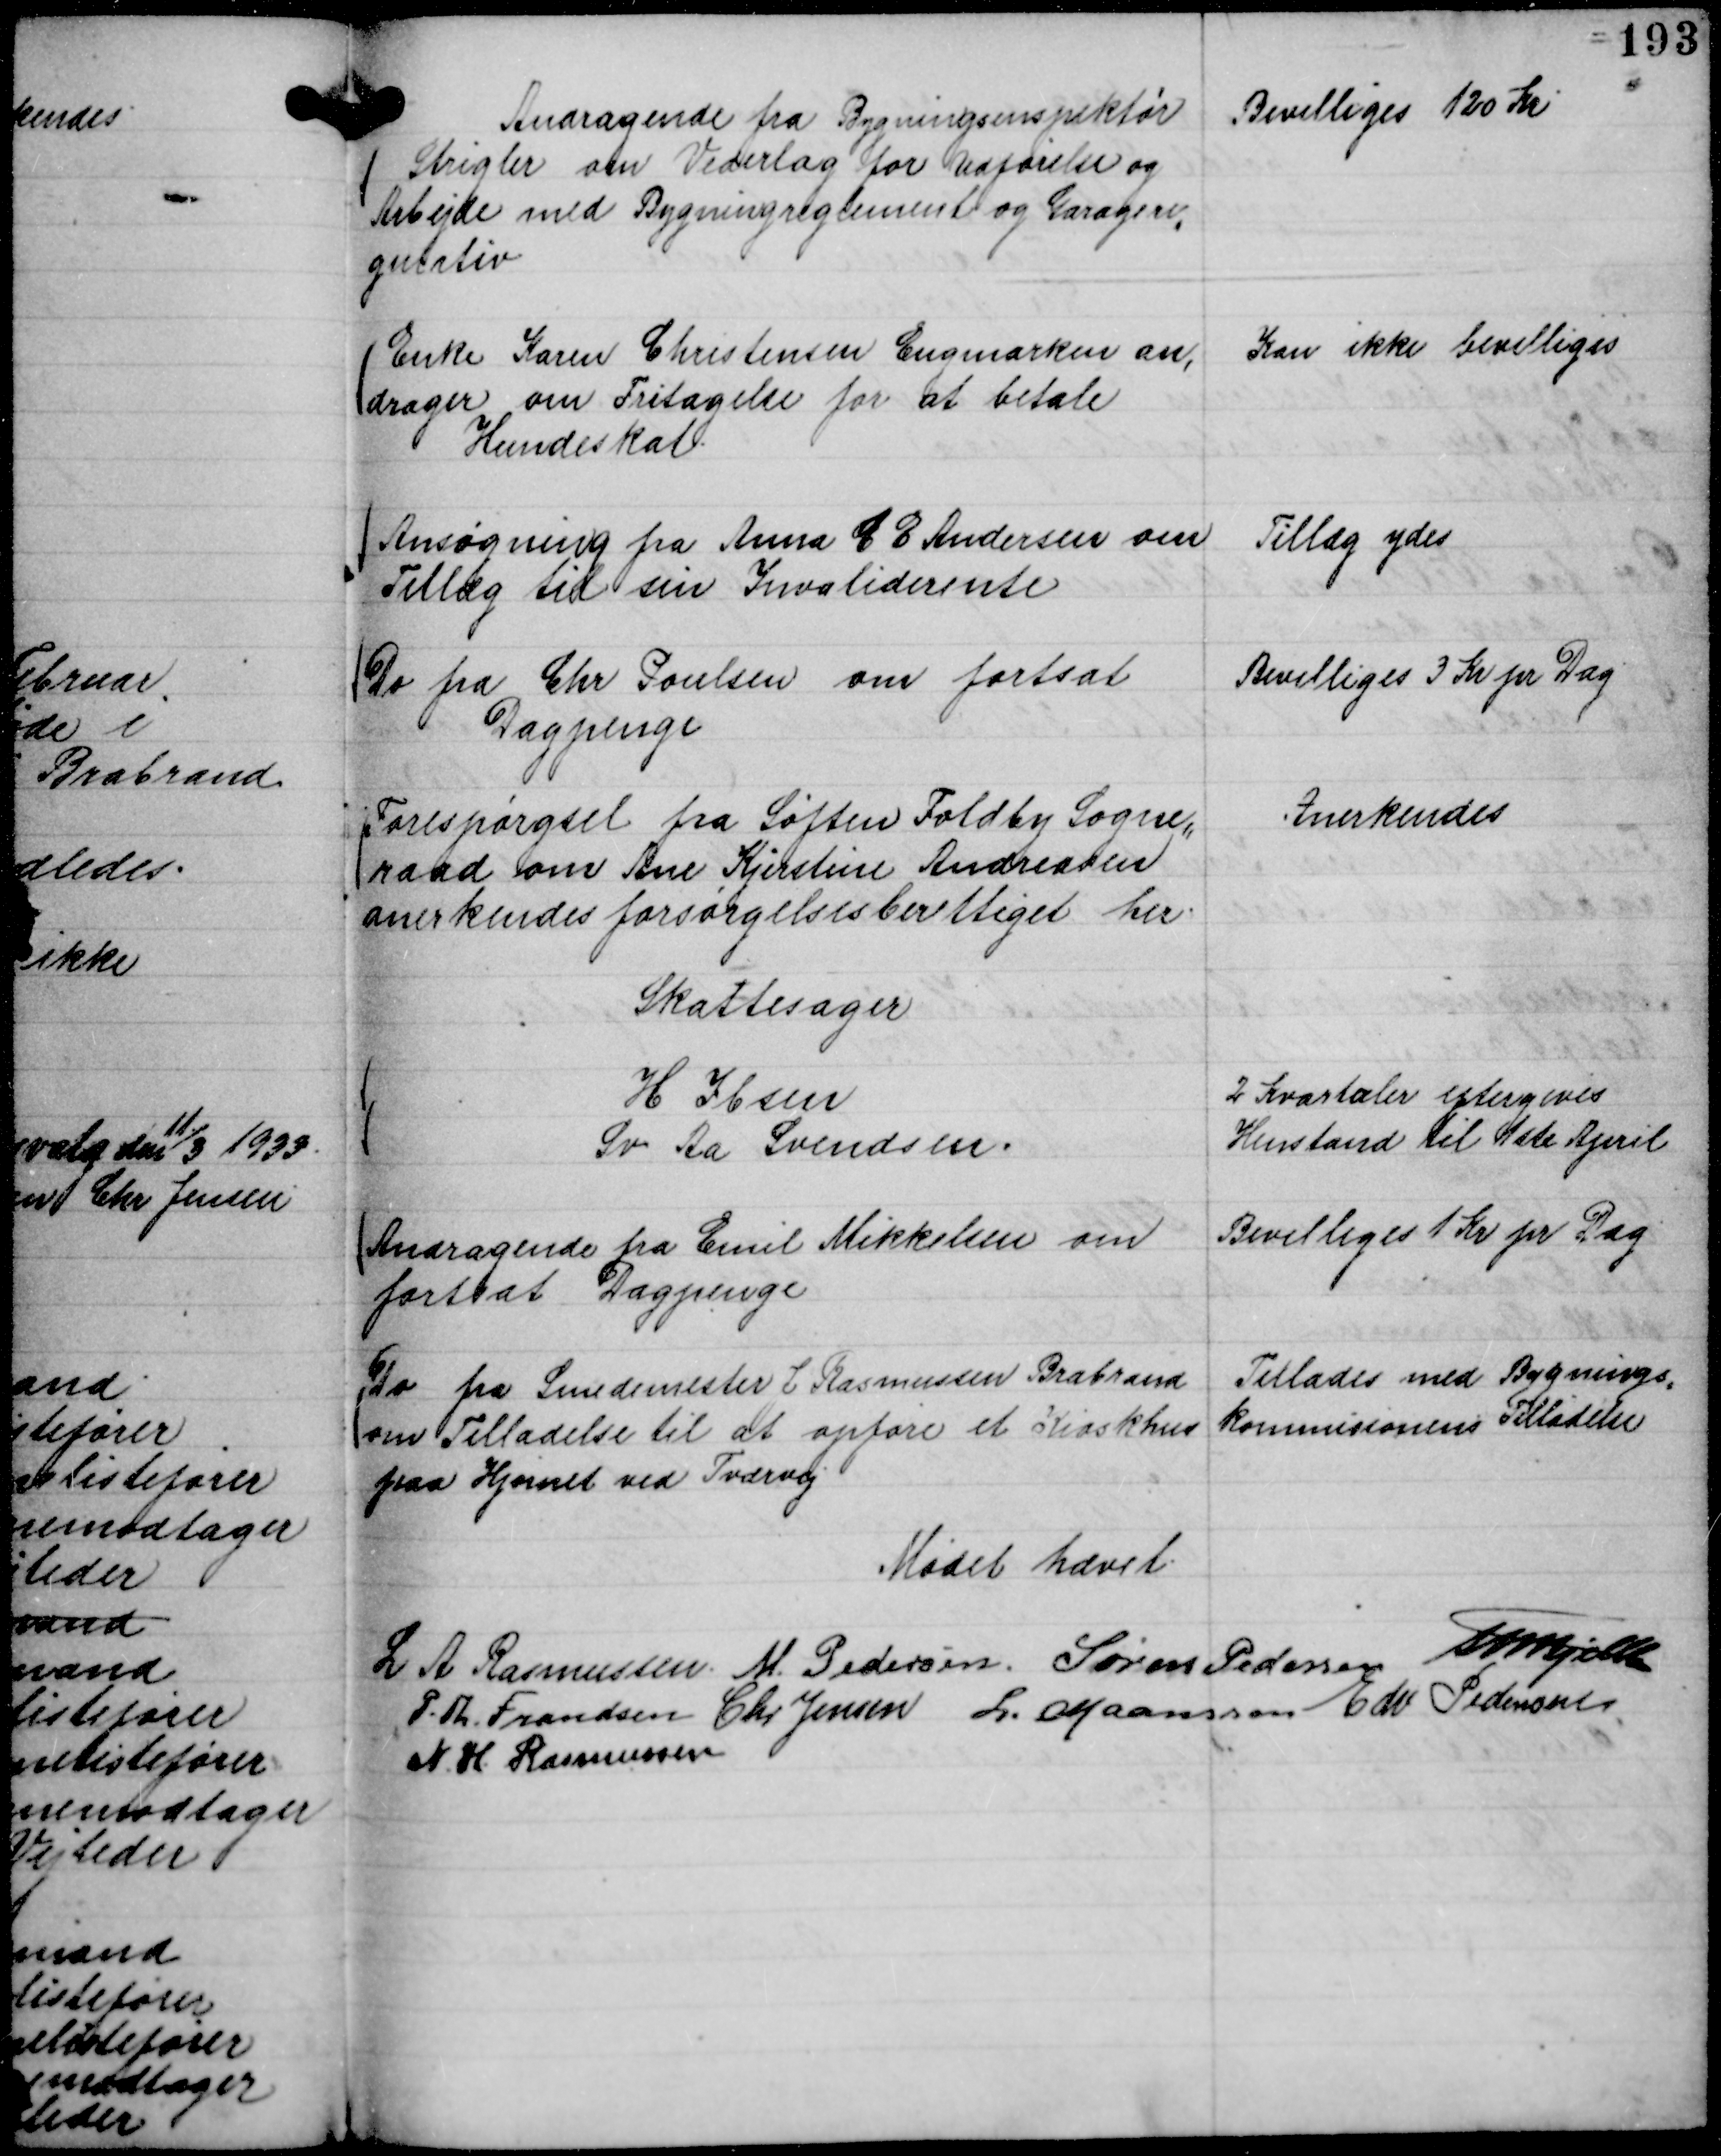
Transskription:
Andragende fra Bygningsinspektør
Strigler om Vederlag for Udførelse og
Arbejde med Bygningreglement og Garagere,,
gulativ

Bevilliges 120 Kr

Enke Karen Christensen Engmarken an,
drager om Fritagelse for at betale
Hundeskat.

Kan ikke bevilliges

Ansøgning fra Anna C E Andersen om
Tillæg til sin Invaliderente

Tillæg ydes

Do fra Chr Poulsen om fortsat
Dagpenge

Bevilliges 3 Kr pr Dag

Foresørgsel fra Søften Foldby Sogne,,
raad om Ane Kjerstine Andreasen
anerkendes forsørgelsesberettiget her.

Anerkendes

Skattesager
H Ibsen
2 Kvartaler eftergives
Sv Aa Svendsen.
Henstand til 1ste April

Andragende fra Emil Mikkelsen om
fortsat Dagpenge

Bevilliges 1 Kr pr Dag

Do fra Smedemester J Rasmussen Brabrand
om Tilladelse til at opføre et Kioskhus
paa Hjørnet ved Tværvej

Tillades med Bygnings,,
kommisionens Tilladelse

Mødet hævet.
L A Rasmussen.
M. Pedersen.
Søren Pedersen
Th Bjelke
P. Th. Frandsen
Chr Jensen
L. Maansson
Edv Pedersen
N. H. Rasmussen